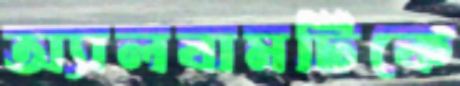
অ্যালবামটিকে